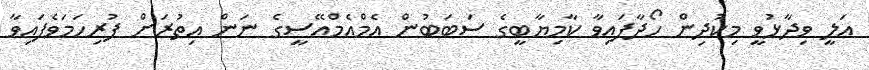
އަލީ ވިދާޅުވީ މިކުދިން ހޯދާފައިވާ ކާމިޔާބީގެ ސަބަބުން އެމްއެމްއޭސީގެ ނަން އިތުރަށް ފުރިހަމަވެފައިވާ